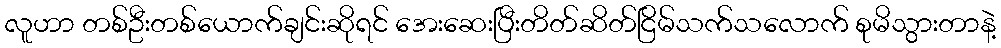
လူဟာ တစ်ဦးတစ်ယောက်ချင်းဆိုရင် အေးဆေးပြီးတိတ်ဆိတ်ငြိမ်သက်သလောက် စုမိသွားတာနဲ့